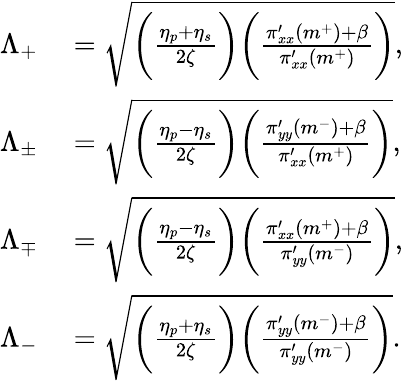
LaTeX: \begin{array}{rl}{\Lambda_{+}}&{{}=\sqrt{\bigg(\frac{\eta_{p}+\eta_{s}}{2\zeta}\bigg)\bigg(\frac{\pi_{xx}^{\prime}(m^{+})+\beta}{\pi_{xx}^{\prime}(m^{+})}\bigg)},}\\ {\Lambda_{\pm}}&{{}=\sqrt{\bigg(\frac{\eta_{p}-\eta_{s}}{2\zeta}\bigg)\bigg(\frac{\pi_{yy}^{\prime}(m^{-})+\beta}{\pi_{xx}^{\prime}(m^{+})}\bigg)},}\\ {\Lambda_{\mp}}&{{}=\sqrt{\bigg(\frac{\eta_{p}-\eta_{s}}{2\zeta}\bigg)\bigg(\frac{\pi_{xx}^{\prime}(m^{+})+\beta}{\pi_{yy}^{\prime}(m^{-})}\bigg)},}\\ {\Lambda_{-}}&{{}=\sqrt{\bigg(\frac{\eta_{p}+\eta_{s}}{2\zeta}\bigg)\bigg(\frac{\pi_{yy}^{\prime}(m^{-})+\beta}{\pi_{yy}^{\prime}(m^{-})}\bigg)}.}\end{array}